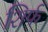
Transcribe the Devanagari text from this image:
शिर्फ